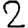
Digit: 2